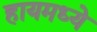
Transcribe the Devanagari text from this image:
हायमध्ये